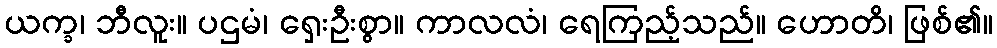
ယက္ခ၊ ဘီလူး။ ပဌမံ၊ ရှေးဦးစွာ။ ကာလလံ၊ ရေကြည့်သည်။ ဟောတိ၊ ဖြစ်၏။